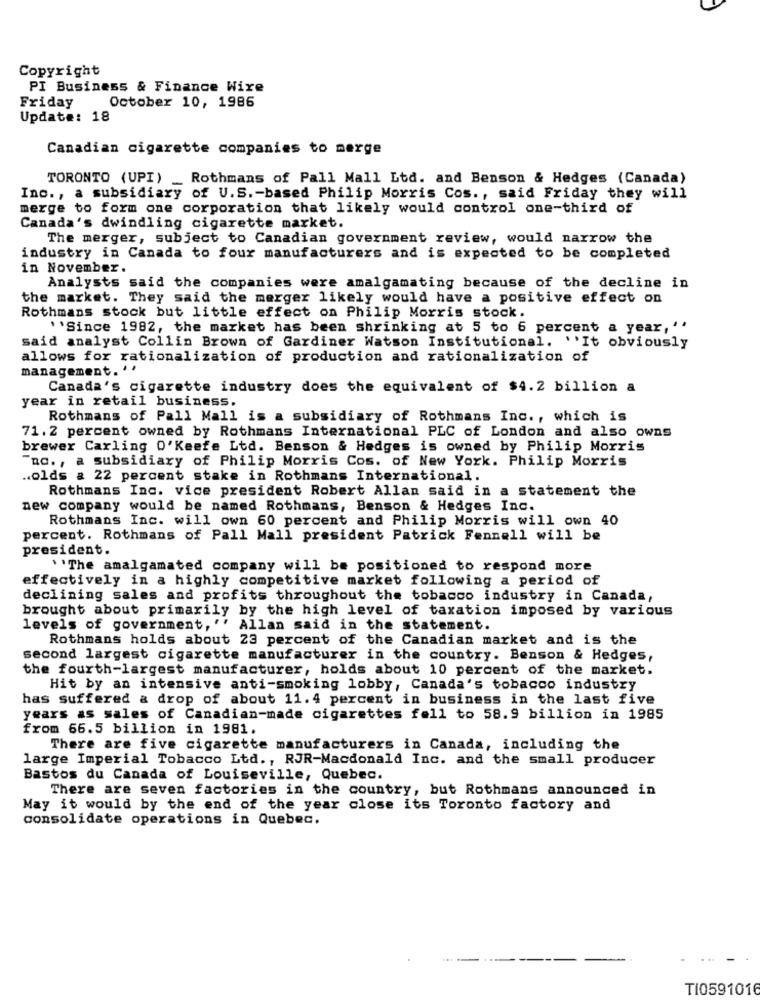
Copyright
PI Business & Finance Wire
October 10, 1986
Friday
Update: 18
Canadian cigarette companies to merge
TORONTO (UPI)
Rothmans of Pall Mall Ltd. and Benson & Hedges (Canada)
Inc ., a subsidiary of U.S. - based Philip Morris Cos ., said Friday they will
merge to form one corporation that likely would control one-third of
Canada's dwindling cigarette market.
The merger, subject to Canadian government review, would narrow the
industry in Canada to four manufacturers and is expected to be completed
in November.
Analysts said the companies were amalgamating because of the decline in
the market. They said the merger likely would have a positive effect on
Rothmans stock but little effect on Philip Morris stock.
''Since 1982, the market has been shrinking at 5 to 6 percent a year, ''
said analyst Collin Brown of Gardiner Watson Institutional. ''It obviously
allows for rationalization of production and rationalization of
management. ''
Canada's cigarette industry does the equivalent of $4.2 billion a
year in retail business.
Rothmans of Pall Mall is a subsidiary of Rothmans Inc ., which is
71.2 percent owned by Rothmans International PLC of London and also owns
brewer Carling O'Keefe Ltd. Benson & Hedges is owned by Philip Morris
"no. , a subsidiary of Philip Morris Cos. of New York. Philip Morris
.. olds & 22 percent stake in Rothmans International.
Rothmans Inc. vice president Robert Allan said in a statement the
new company would be named Rothmans, Benson & Hedges Inc.
Rothmans Inc. will own 60 percent and Philip Morris will own 40
percent. Rothmans of Pall Mall president Patrick Fennell will be
president.
"The amalgamated company will be positioned to respond more
effectively in a highly competitive market following a period of
declining sales and profits throughout the tobacco industry in Canada,
brought about primarily by the high level of taxation imposed by various
levels of government, '' Allan said in the statement.
Rothmans holds about 23 percent of the Canadian market and is the
second largest cigarette manufacturer in the country. Benson & Hedges,
the fourth-largest manufacturer, holds about 10 percent of the market.
Hit by an intensive anti-smoking lobby, Canada's tobacco industry
has suffered & drop of about 11.4 percent in business in the last five
years as sales of Canadian-made cigarettes fell to 58.9 billion in 1985
from 66.5 billion in 1981.
There are five cigarette manufacturers in Canada, including the
large Imperial Tobacco Ltd ., RJR-Macdonald Inc. and the small producer
Bastos du Canada of Louiseville, Quebec.
There are seven factories in the country, but Rothmans announced in
May it would by the end of the year close its Toronto factory and
consolidate operations in Quebec.
TI0591016